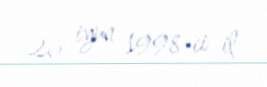
26 iyun 1998-ci il